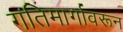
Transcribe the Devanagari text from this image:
गतिमार्गावरून